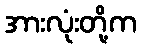
အားလုံးတို့က